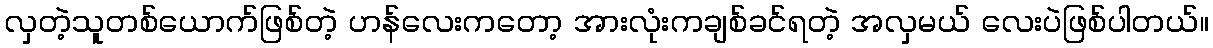
လှတဲ့သူတစ်ယောက်ဖြစ်တဲ့ ဟန်လေးကတော့ အားလုံးကချစ်ခင်ရတဲ့ အလှမယ် လေးပဲဖြစ်ပါတယ်။